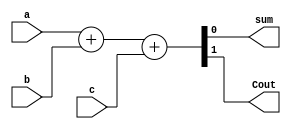
module FA_BEHAV
(
input a,b,c,
output sum,Cout
);

assign{Cout,sum}=a+b+c;
endmodule